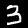
Digit: 3